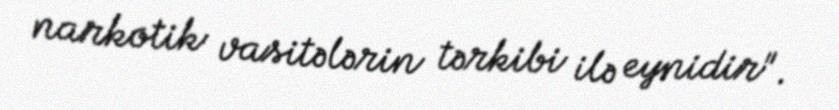
narkotik vasitələrin tərkibi ilə eynidir".